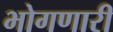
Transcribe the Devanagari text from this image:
भोगणारी